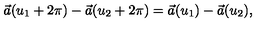
\vec { a } ( u _ { 1 } + 2 \pi ) - \vec { a } ( u _ { 2 } + 2 \pi ) = \vec { a } ( u _ { 1 } ) - \vec { a } ( u _ { 2 } ) ,